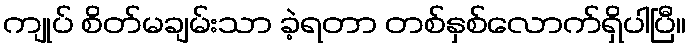
ကျုပ် စိတ်မချမ်းသာ ခဲ့ရတာ တစ်နှစ်လောက်ရှိပါပြီ။